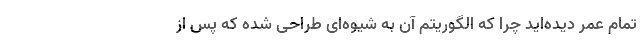
تمام عمر دیده‌اید چرا که الگوریتم آن به شیوه‌ای طراحی شده که پس از